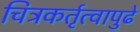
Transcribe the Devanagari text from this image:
चित्रकर्तृत्वापुढे